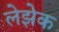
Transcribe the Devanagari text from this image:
लेझेक